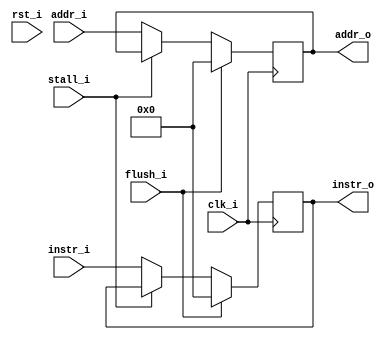
module IFID(clk_i,
            rst_i,
            flush_i,
            stall_i,
            instr_i,
            addr_i,
            instr_o,
            addr_o);
    
    input               clk_i;
    input               rst_i;
    input               flush_i;
    input               stall_i;
    input       [31:0]  instr_i;
    output  reg [31:0]  instr_o;
    input       [31:0]  addr_i;
    output  reg [31:0]  addr_o;
    
    always @(posedge clk_i ) begin
            if (flush_i) begin
                addr_o  <= 0 ;
                instr_o <= 0;
            end
            //no stall
            else if (stall_i != 1)begin
            addr_o  <= addr_i;
            instr_o <= instr_i;
        end
    end
    
    // else stall, o remain the same
    

    // end
    
    // end
endmodule